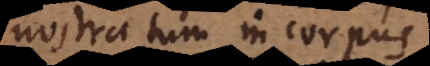
nostra tum in corpus